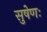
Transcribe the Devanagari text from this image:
सुषेणः